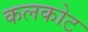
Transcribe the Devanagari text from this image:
कलकोट